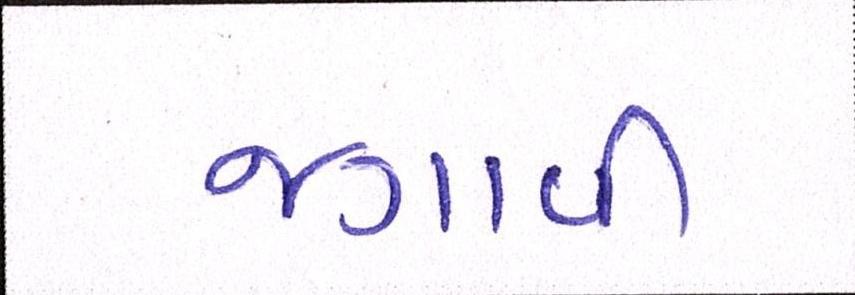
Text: જગાવી